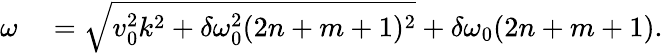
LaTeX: \begin{array}{rl}{\omega}&{{}=\sqrt{v_{0}^{2}k^{2}+\delta\omega_{0}^{2}(2n+m+1)^{2}}+\delta\omega_{0}(2n+m+1).}\end{array}